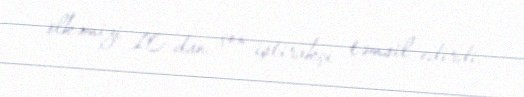
ölkəmizi 10-dan çox iştirakçı təmsil edirdi.